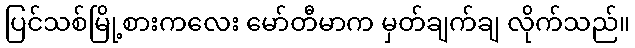
ပြင်သစ်မြို့စားကလေး မော်တီမာက မှတ်ချက်ချ လိုက်သည်။